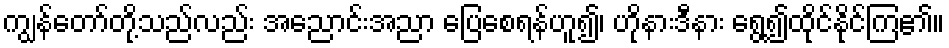
ကျွန်တော်တို့သည်လည်း အညောင်းအညာ ပြေစေရန်ဟူ၍၊ ဟိုနားဒီနား ရွေ့၍ထိုင်နိုင်ကြ၏။